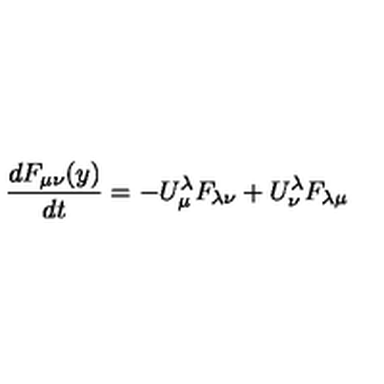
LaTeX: { \frac { d F _ { \mu \nu } ( y ) } { d t } } = - U _ { \mu } ^ { \lambda } F _ { \lambda \nu } + U _ { \nu } ^ { \lambda } F _ { \lambda \mu }